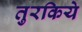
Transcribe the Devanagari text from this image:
तुरकिये